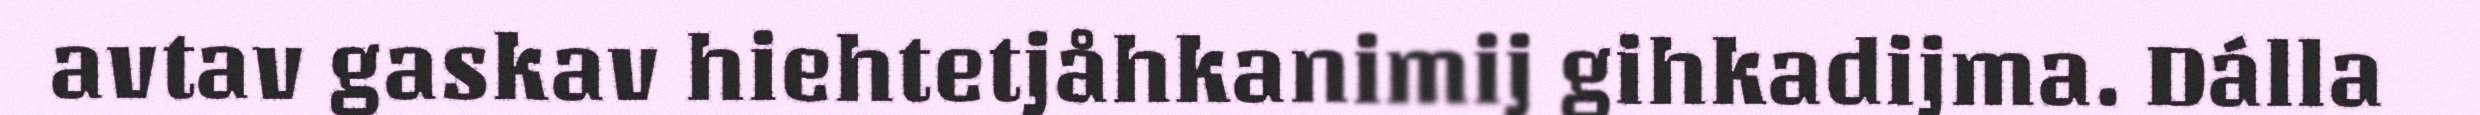
avtav gaskav hiehtetjåhkanimij gihkadijma. Dálla